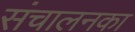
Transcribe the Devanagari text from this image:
संचालनका